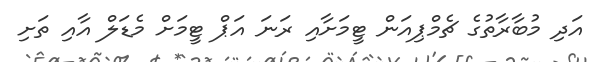
އަދި މުބާރާތުގެ ޗެމްޕިއަން ޓީމަށާއި ރަނަ އަޕް ޓީމަށް މެޑަލް އާއި ތަށި